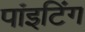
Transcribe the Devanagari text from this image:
पांइटिंग